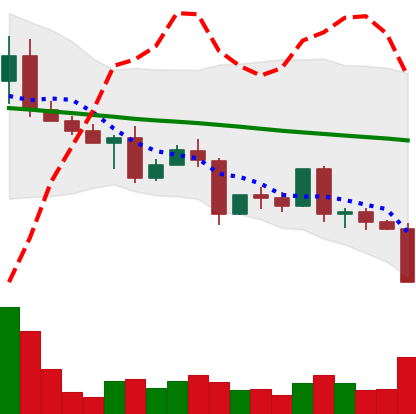
Ticker: EOS-USD
Chart end date: 2022-05-09
Forward return: -20.033%
Label: down_7plus